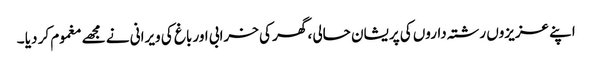
اپنے عزیزوں رشتہ داروں کی پریشان حالی ، گھر کی خرابی اور باغ کی ویرانی نے مجھے مغموم کر دیا ۔